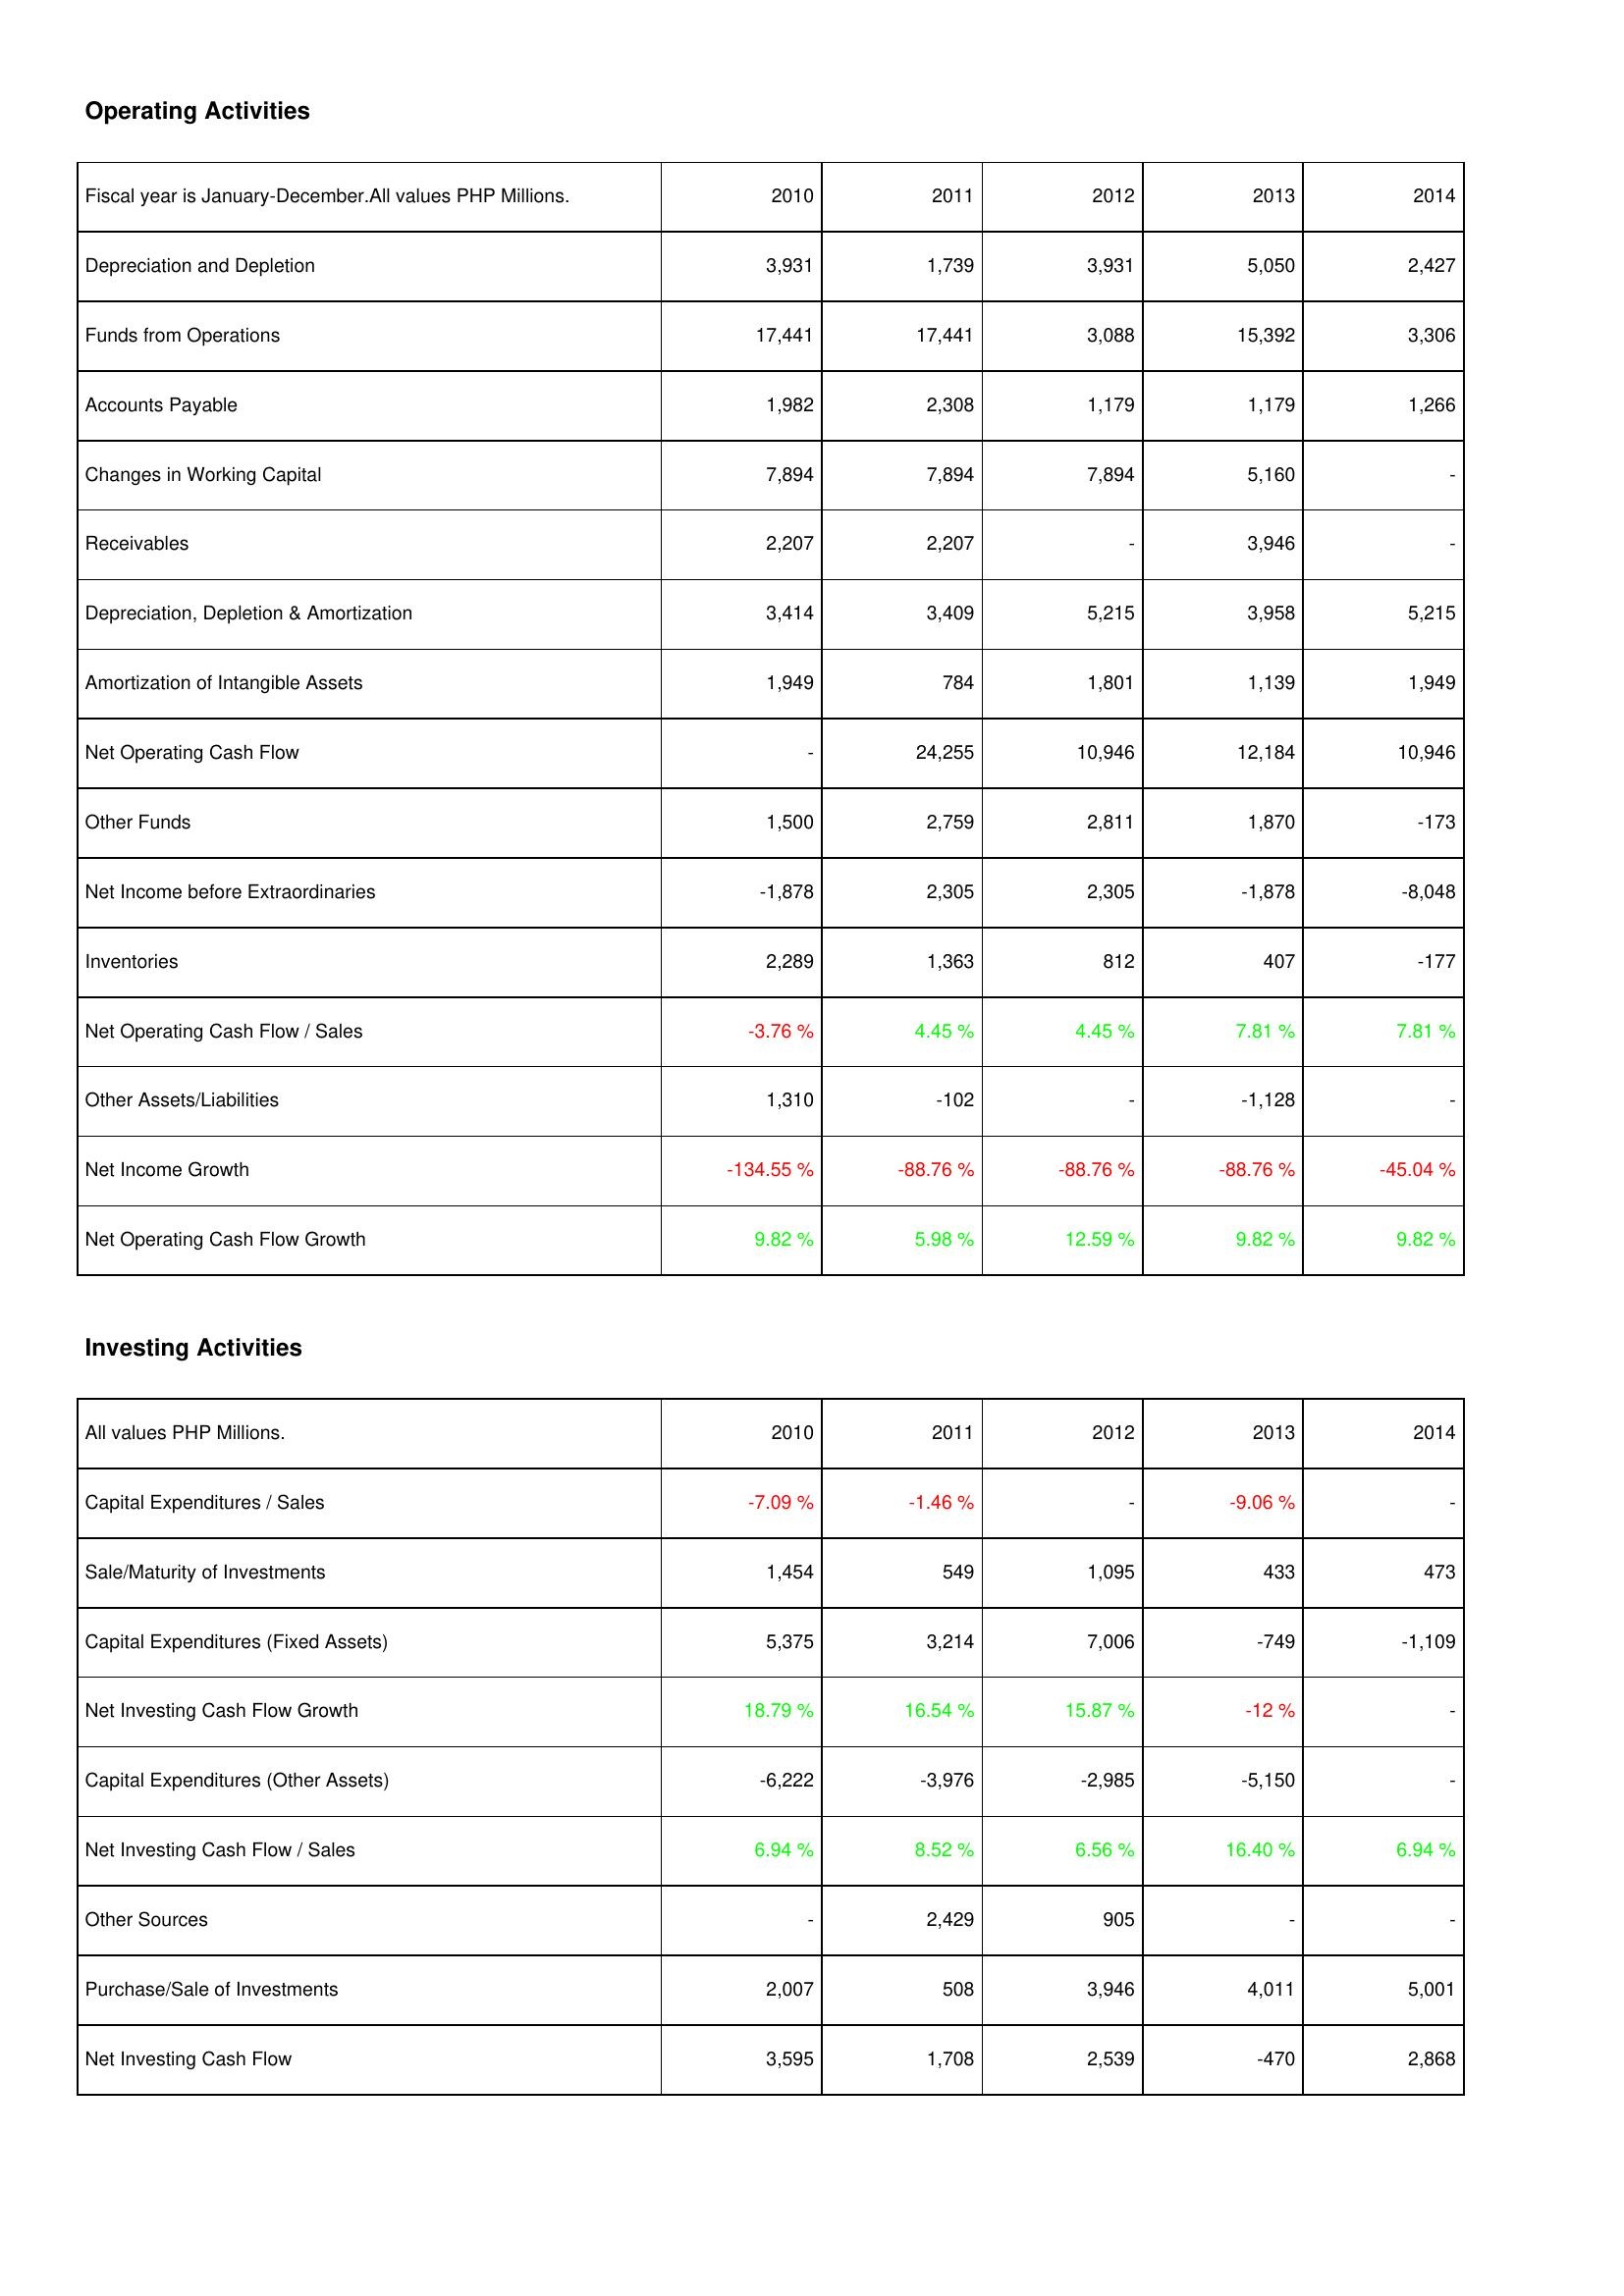
2010: Operating Activities: Depreciation and Depletion: 3,931
Funds from Operations: 17,441
Accounts Payable: 1,982
Changes in Working Capital: 7,894
Receivables: 2,207
Depreciation, Depletion & Amortization: 3,414
Amortization of Intangible Assets: 1,949
Net Operating Cash Flow: -
Other Funds: 1,500
Net Income before Extraordinaries: -1,878
Inventories: 2,289
Net Operating Cash Flow / Sales: -3.76 %
Other Assets/Liabilities: 1,310
Net Income Growth: -134.55 %
Net Operating Cash Flow Growth: 9.82 %
Investing Activities: Capital Expenditures / Sales: -7.09 %
Sale/Maturity of Investments: 1,454
Capital Expenditures (Fixed Assets): 5,375
Net Investing Cash Flow Growth: 18.79 %
Capital Expenditures (Other Assets): -6,222
Net Investing Cash Flow / Sales: 6.94 %
Other Sources: -
Purchase/Sale of Investments: 2,007
Net Investing Cash Flow: 3,595
2011: Operating Activities: Depreciation and Depletion: 1,739
Funds from Operations: 17,441
Accounts Payable: 2,308
Changes in Working Capital: 7,894
Receivables: 2,207
Depreciation, Depletion & Amortization: 3,409
Amortization of Intangible Assets: 784
Net Operating Cash Flow: 24,255
Other Funds: 2,759
Net Income before Extraordinaries: 2,305
Inventories: 1,363
Net Operating Cash Flow / Sales: 4.45 %
Other Assets/Liabilities: -102
Net Income Growth: -88.76 %
Net Operating Cash Flow Growth: 5.98 %
Investing Activities: Capital Expenditures / Sales: -1.46 %
Sale/Maturity of Investments: 549
Capital Expenditures (Fixed Assets): 3,214
Net Investing Cash Flow Growth: 16.54 %
Capital Expenditures (Other Assets): -3,976
Net Investing Cash Flow / Sales: 8.52 %
Other Sources: 2,429
Purchase/Sale of Investments: 508
Net Investing Cash Flow: 1,708
2012: Operating Activities: Depreciation and Depletion: 3,931
Funds from Operations: 3,088
Accounts Payable: 1,179
Changes in Working Capital: 7,894
Receivables: -
Depreciation, Depletion & Amortization: 5,215
Amortization of Intangible Assets: 1,801
Net Operating Cash Flow: 10,946
Other Funds: 2,811
Net Income before Extraordinaries: 2,305
Inventories: 812
Net Operating Cash Flow / Sales: 4.45 %
Other Assets/Liabilities: -
Net Income Growth: -88.76 %
Net Operating Cash Flow Growth: 12.59 %
Investing Activities: Capital Expenditures / Sales: -
Sale/Maturity of Investments: 1,095
Capital Expenditures (Fixed Assets): 7,006
Net Investing Cash Flow Growth: 15.87 %
Capital Expenditures (Other Assets): -2,985
Net Investing Cash Flow / Sales: 6.56 %
Other Sources: 905
Purchase/Sale of Investments: 3,946
Net Investing Cash Flow: 2,539
2013: Operating Activities: Depreciation and Depletion: 5,050
Funds from Operations: 15,392
Accounts Payable: 1,179
Changes in Working Capital: 5,160
Receivables: 3,946
Depreciation, Depletion & Amortization: 3,958
Amortization of Intangible Assets: 1,139
Net Operating Cash Flow: 12,184
Other Funds: 1,870
Net Income before Extraordinaries: -1,878
Inventories: 407
Net Operating Cash Flow / Sales: 7.81 %
Other Assets/Liabilities: -1,128
Net Income Growth: -88.76 %
Net Operating Cash Flow Growth: 9.82 %
Investing Activities: Capital Expenditures / Sales: -9.06 %
Sale/Maturity of Investments: 433
Capital Expenditures (Fixed Assets): -749
Net Investing Cash Flow Growth: -12 %
Capital Expenditures (Other Assets): -5,150
Net Investing Cash Flow / Sales: 16.40 %
Other Sources: -
Purchase/Sale of Investments: 4,011
Net Investing Cash Flow: -470
2014: Operating Activities: Depreciation and Depletion: 2,427
Funds from Operations: 3,306
Accounts Payable: 1,266
Changes in Working Capital: -
Receivables: -
Depreciation, Depletion & Amortization: 5,215
Amortization of Intangible Assets: 1,949
Net Operating Cash Flow: 10,946
Other Funds: -173
Net Income before Extraordinaries: -8,048
Inventories: -177
Net Operating Cash Flow / Sales: 7.81 %
Other Assets/Liabilities: -
Net Income Growth: -45.04 %
Net Operating Cash Flow Growth: 9.82 %
Investing Activities: Capital Expenditures / Sales: -
Sale/Maturity of Investments: 473
Capital Expenditures (Fixed Assets): -1,109
Net Investing Cash Flow Growth: -
Capital Expenditures (Other Assets): -
Net Investing Cash Flow / Sales: 6.94 %
Other Sources: -
Purchase/Sale of Investments: 5,001
Net Investing Cash Flow: 2,868